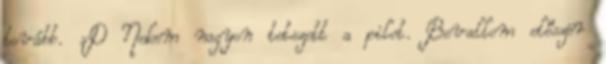
tovább. :D Nekem nagyon tetszett a pilot. Bevallom először